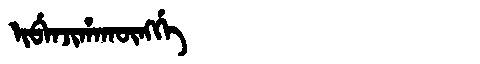
Manchu: ᡳᠪᡝᠨᠵᡳᡥᠠᡴᡡᠩᡤᡝ
Romanization: IBENJIHAKŪNGGE